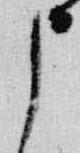
申